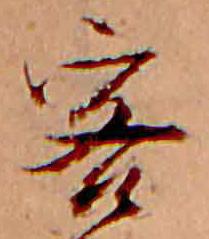
客